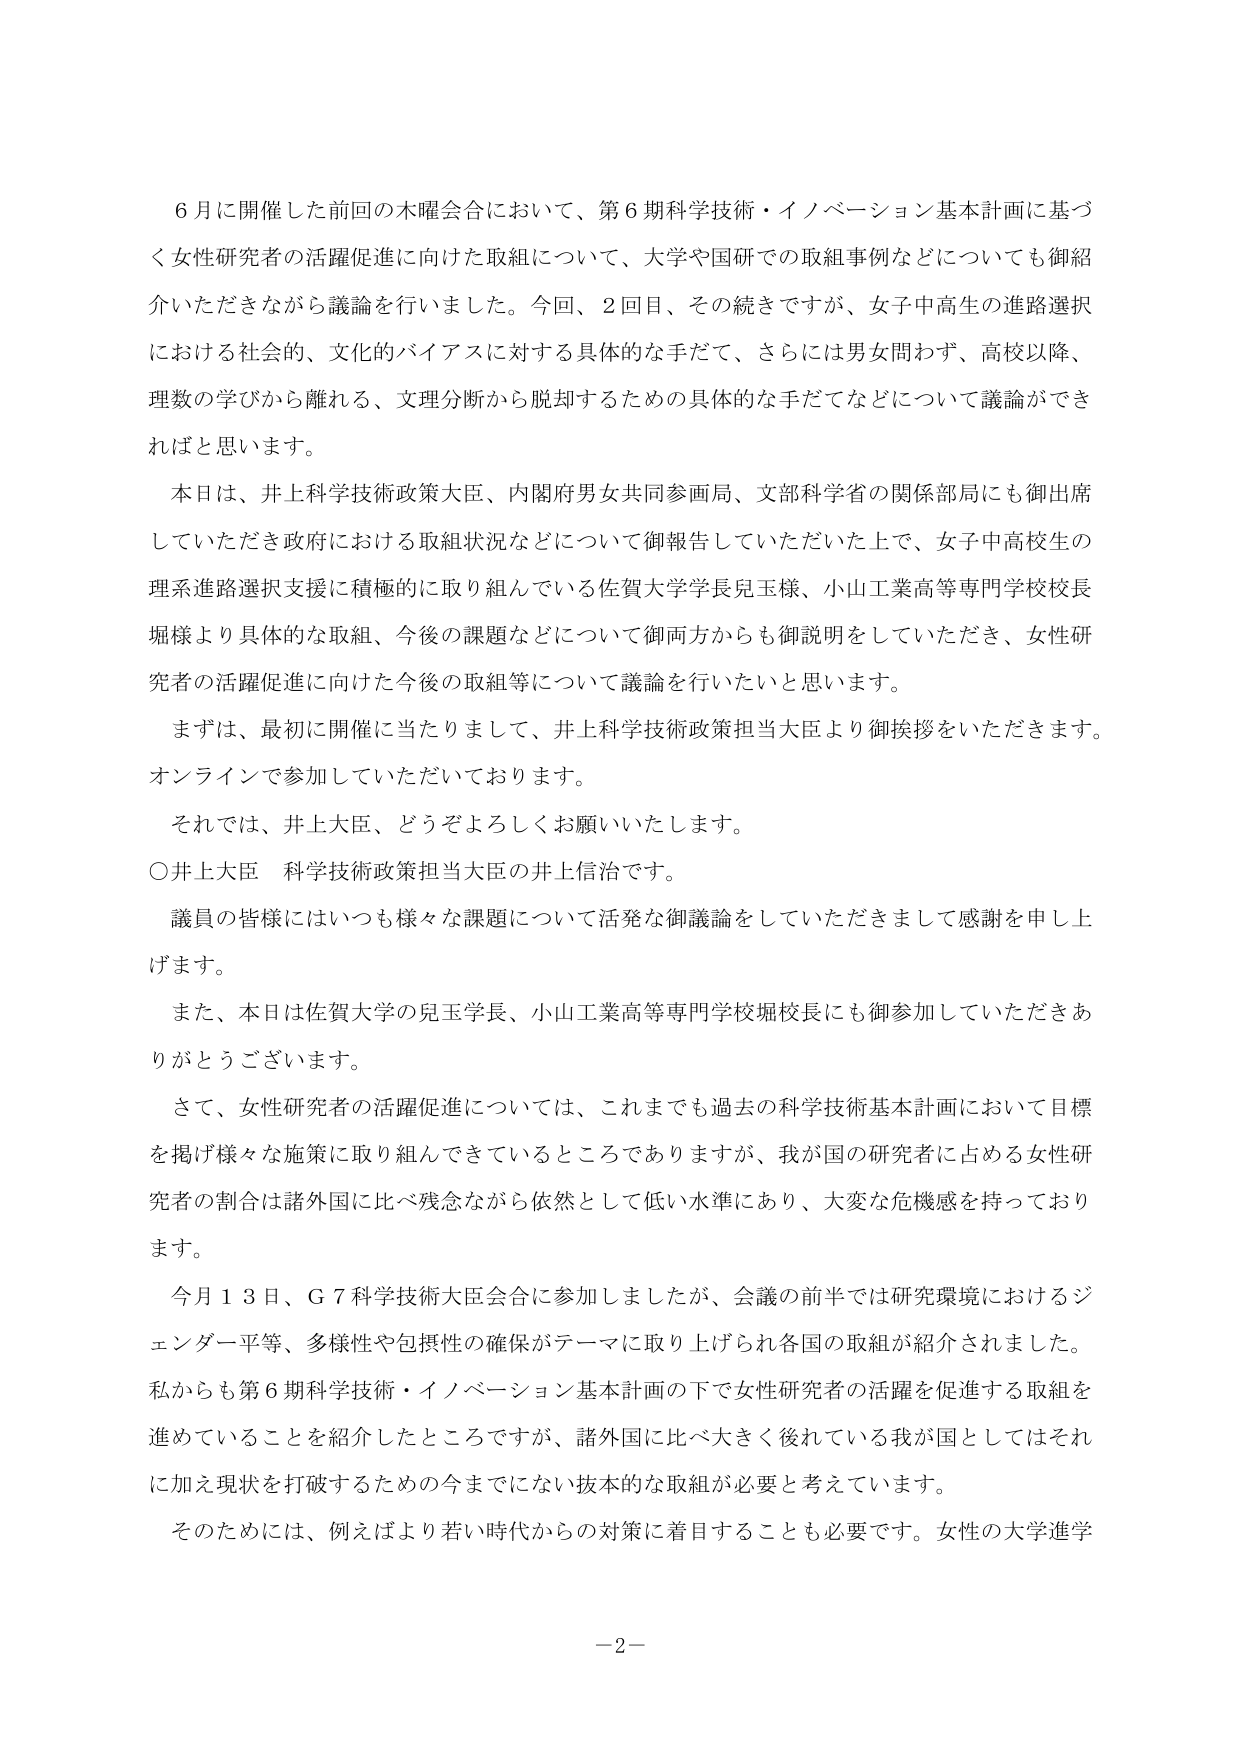
6月に開催した前回の木曜会合において、第6期科学技術・イノベーション基本計画に基づく女性研究者の活躍促進に向けた取組について、大学や国研での取組事例などについても御紹介いただきながら議論を行いました。今回、2回目、その続きですが、女子中高生の進路選択における社会的、文化的バイアスに対する具体的な手だて、さらには男女問わず、高校以降、理数の学びから離れる、文理分断から脱却するための具体的な手だてなどについて議論ができればと思います。

本日は、井上科学技術政策大臣、内閣府男女共同参画局、文部科学省の関係部局にも御出席していただき政府における取組状況などについて御報告していただいた上で、女子中高校生の理系進路選択支援に積極的に取り組んでいる佐賀大学学長児玉様、小山工業高等専門学校校長堀様より具体的な取組、今後の課題などについて御両方からも御説明をしていただき、女性研究者の活躍促進に向けた今後の取組等について議論を行いたいと思います。

まずは、最初に開催に当たりまして、井上科学技術政策担当大臣より御挨拶をいただきます。オンラインで参加していただいております。

それでは、井上大臣、どうぞよろしくお願いいたします。

○井上大臣 科学技術政策担当大臣の井上信治です。

議員の皆様にはいつも様々な課題について活発な御議論をしていただきまして感謝を申し上げます。

また、本日は佐賀大学の児玉学長、小山工業高等専門学校堀校長にも御参加していただきありがとうございます。

さて、女性研究者の活躍促進については、これまでも過去の科学技術基本計画において目標を掲げ様々な施策に取り組んできているところでありますが、我が国の研究者に占める女性研究者の割合は諸外国に比べ残念ながら依然として低い水準にあり、大変な危機感を持っております。

今月13日、G7科学技術大臣会合に参加しましたが、会議の前半では研究環境におけるジェンダー平等、多様性や包摂性の確保がテーマに取り上げられ各国の取組が紹介されました。私からも第6期科学技術・イノベーション基本計画の下で女性研究者の活躍を促進する取組を進めていることを紹介したところですが、諸外国に比べ大きく後れている我が国としてはそれに加え現状を打破するための今までにない抜本的な取組が必要と考えています。

そのためには、例えばより若い時代からの対策に着目することも必要です。女性の大学進学

－2－